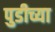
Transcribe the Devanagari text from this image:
पुडीच्या